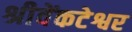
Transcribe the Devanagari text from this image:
श्रीवेंकटेश्वर